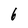
Character: 6